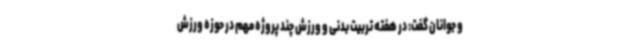
و جوانان گفت: در هفته تربیت بدنی و ورزش چند پروژه مهم در حوزه ورزش